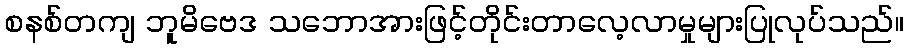
စနစ်တကျ ဘူမိဗေဒ သဘောအားဖြင့်တိုင်းတာလေ့လာမှုများပြုလုပ်သည်။